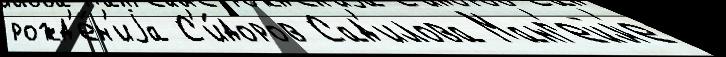
рожд'е́н'иjа С'и́доров Сад'илова Манг'ейм'е